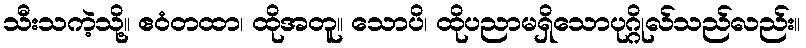
သီးသကဲ့သို့။ ဧဝံတထာ၊ ထိုအတူ။ သောပိ၊ ထိုပညာမရှိသောပုဂ္ဂိုလ်သည်လည်း။